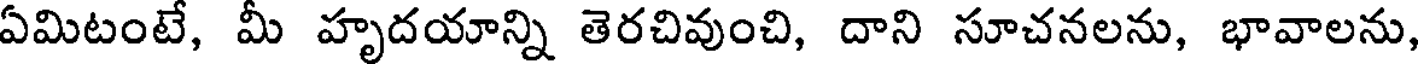
ఏమిటంటే, మీ హృదయాన్ని తెరచివుంచి, దాని సూచనలను, భావాలను,